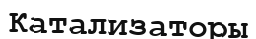
Катализаторы